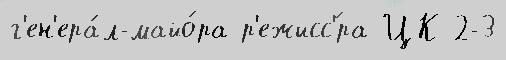
г'ен'ера́л-майо́ра р'ежисс'́ра ЦК 2-3